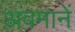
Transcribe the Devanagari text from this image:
अवमानें